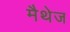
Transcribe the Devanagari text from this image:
मैथेज